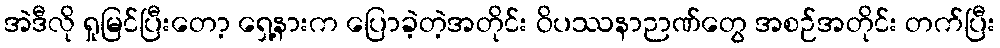
အဲဒီလို ရှုမြင်ပြီးတော့ ရှေ့နားက ပြောခဲ့တဲ့အတိုင်း ဝိပဿနာဉာဏ်တွေ အစဉ်အတိုင်း တက်ပြီး